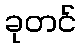
ခုတင်